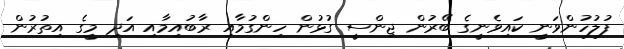
ފުލުހުންވަނީ ކައިވެނީގެ ބޭރުން ޖިންސީ ގުޅުން ހިންގުމާއި ރާބުއިމާއި އަދި މީގެ އިތުރުން